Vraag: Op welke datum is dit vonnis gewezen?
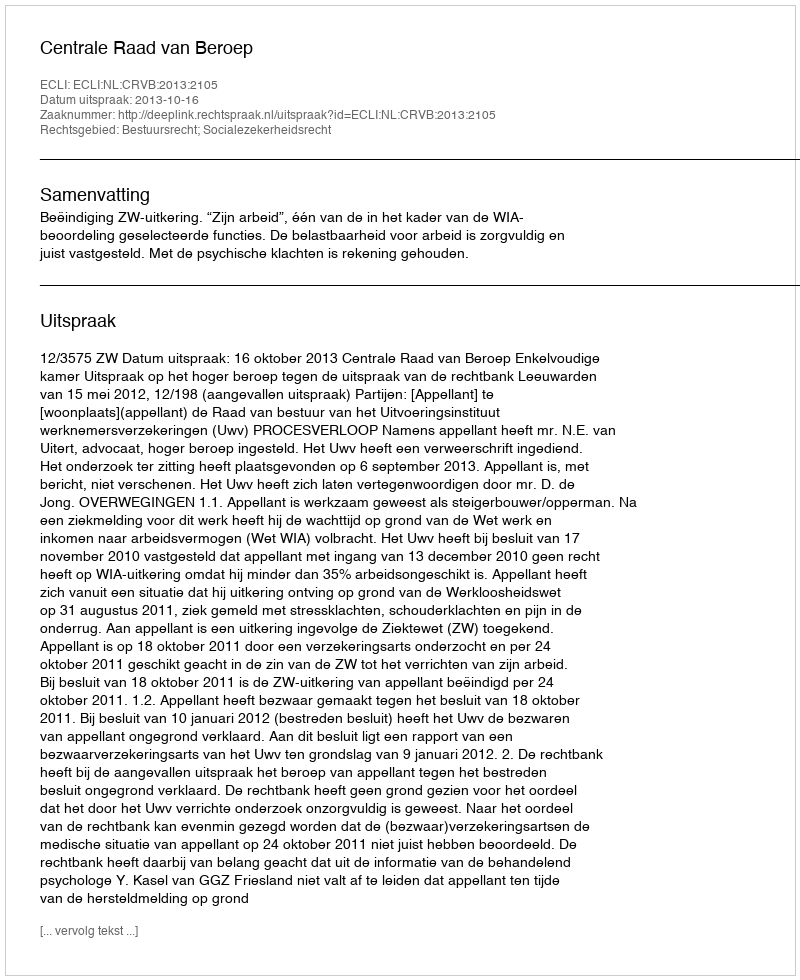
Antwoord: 2013-10-16